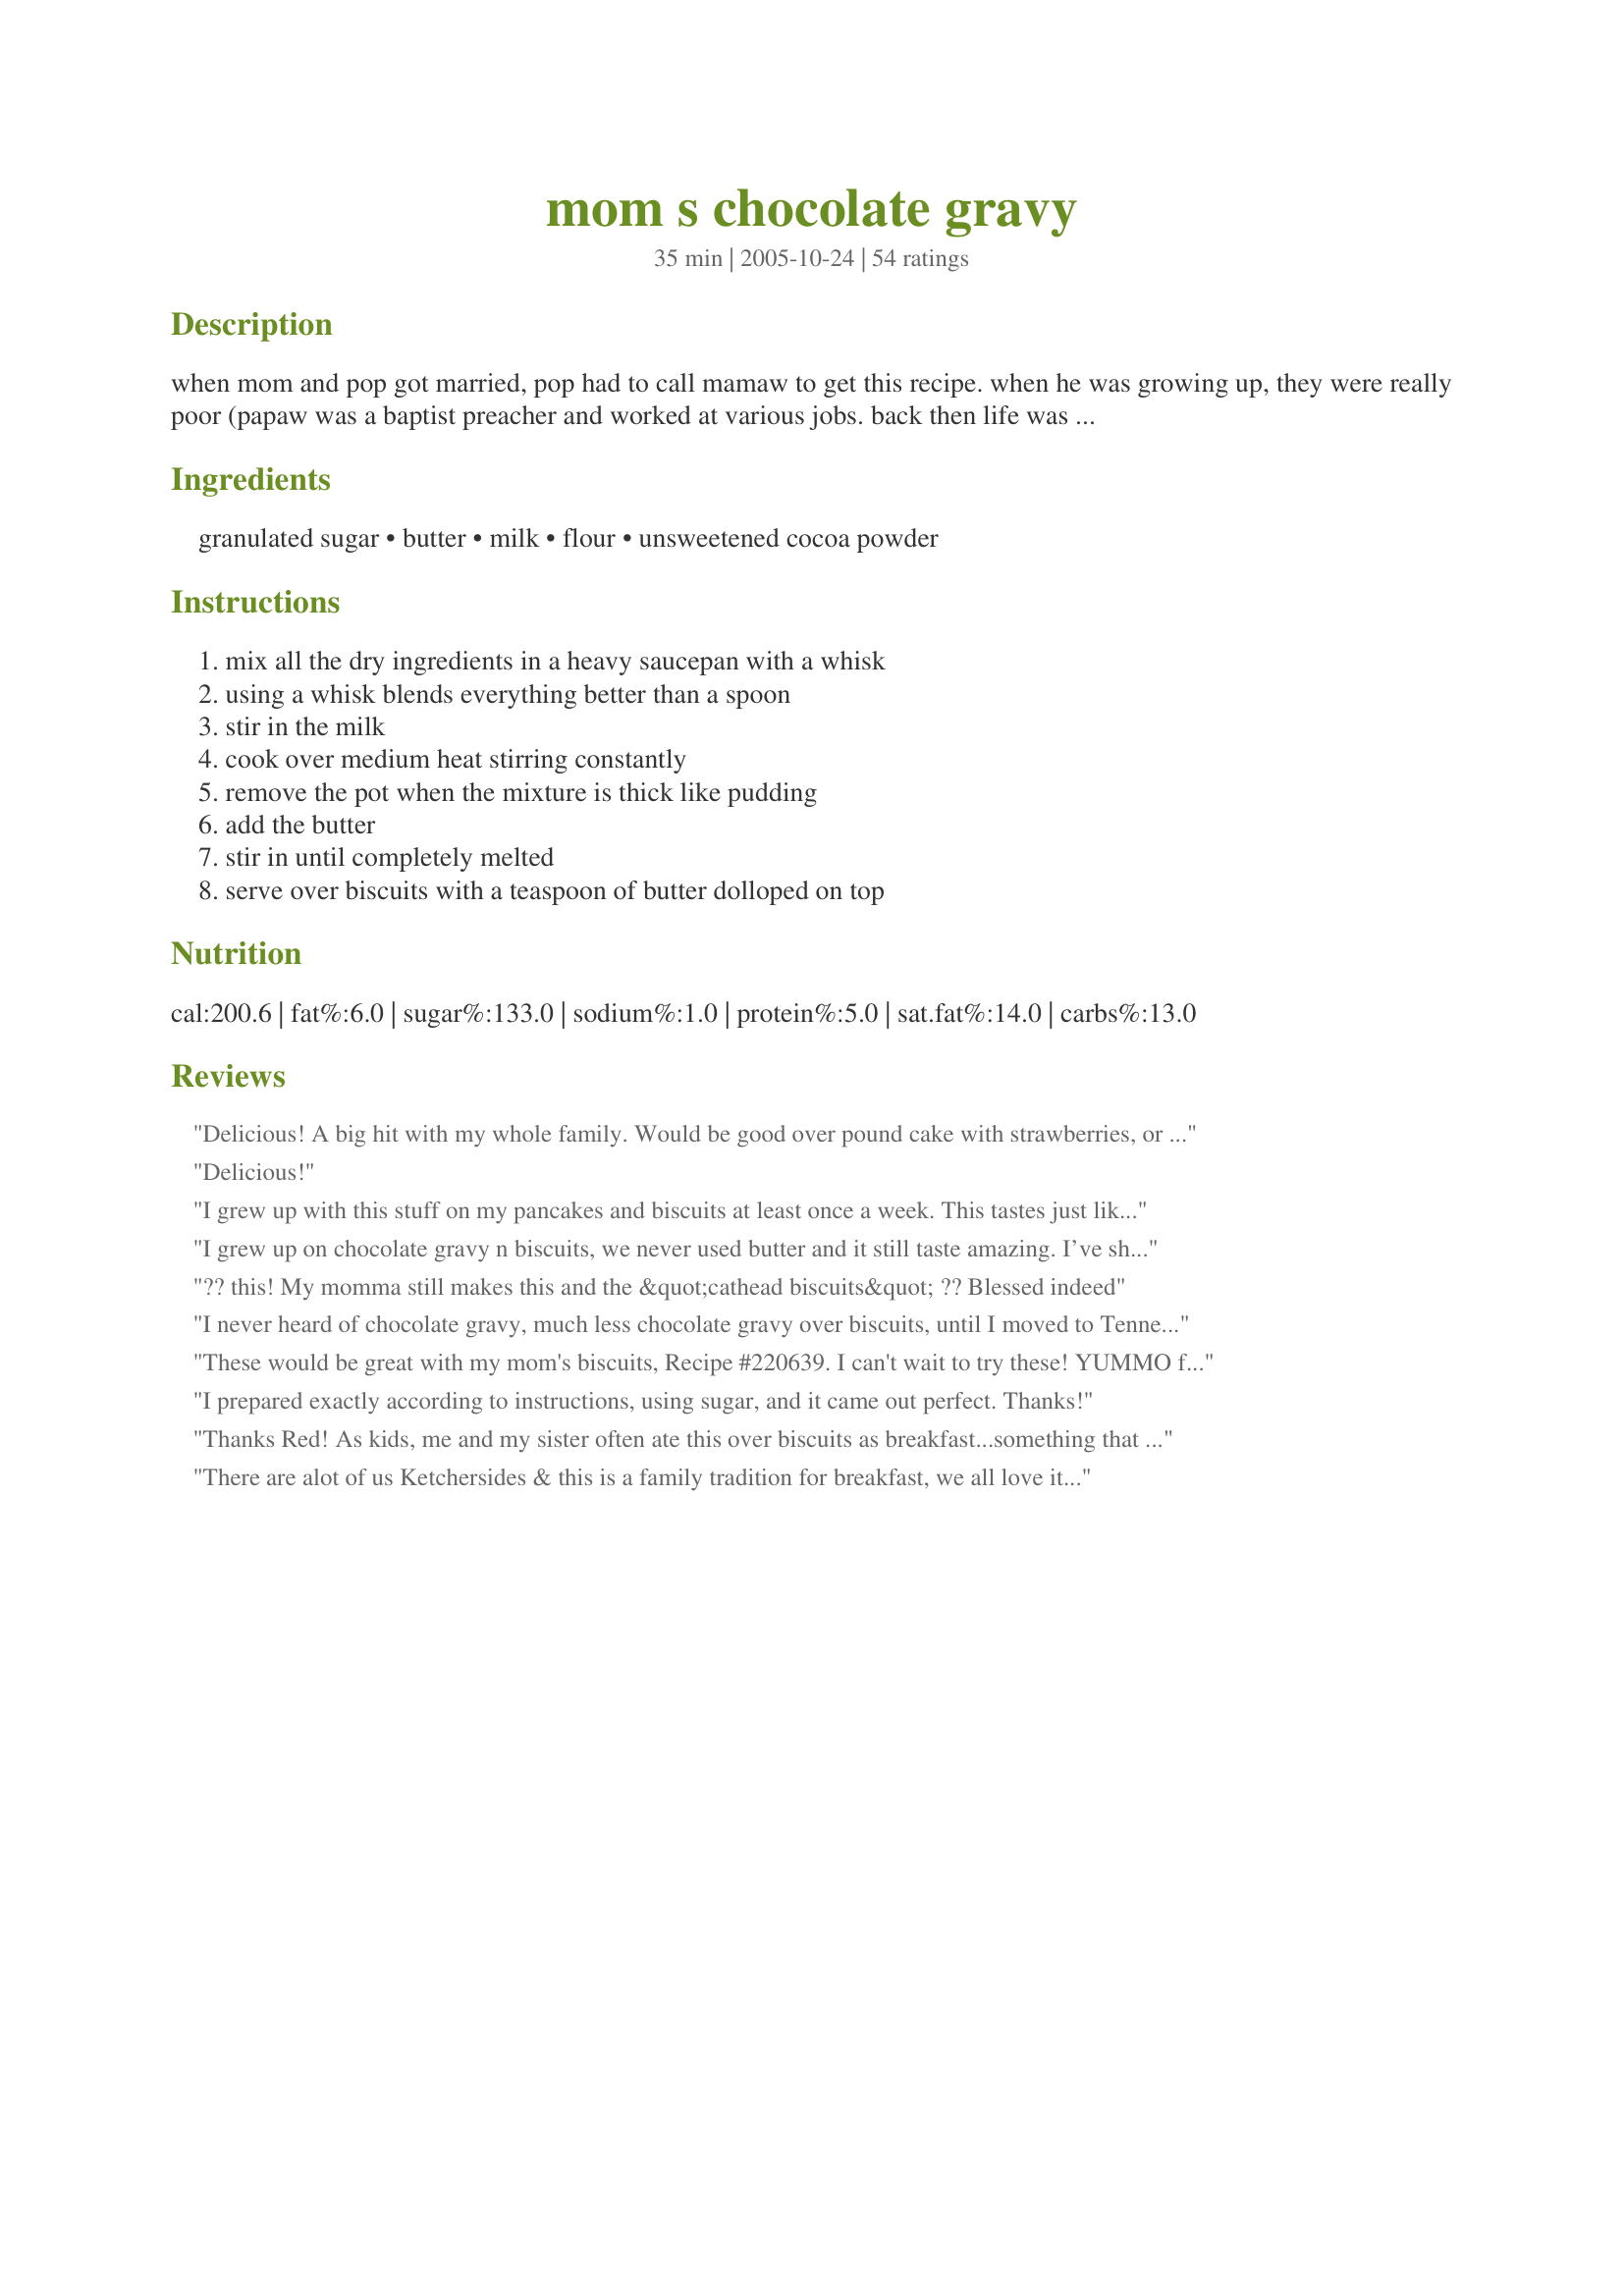
mom s chocolate gravy
Preparation time: 35 minutes

when mom and pop got married, pop had to call mamaw to get this recipe. when he was growing up, they were really poor (papaw was a baptist preacher and worked at various jobs. back then life was hard for a preacher with 4 kids). this was one of their "desserts". mom also made this when we were growing up and to this day, i still love a big hot heapin helpin. one might ask how do you eat "chocolate gravy"? with homemade "cat-head" biscuits (mamaw called them this because she made them "big as a cat's head") or canned country-style (do not try this with one of those flaky-type canned biscuits - it just isn't the same.) and a chunk of butter about the size of the tip of your thumb. let it kinda melt, then eat away. this is just like any other gravy, other than the addition of the butter at the table. i eat this with milk or coffee as the beverage, as nothing else tastes good. this is redneck comfort food at its finest! **times and yield are approximate. please z-mail me with what you come up with.**

Ingredients:
granulated sugar, butter, milk, flour, unsweetened cocoa powder

Steps:
mix all the dry ingredients in a heavy saucepan with a whisk, using a whisk blends everything better than a spoon, stir in the milk, cook over medium heat stirring constantly, remove the pot when the mixture is thick like pudding, add the butter, stir in until completely melted, serve over biscuits with a teaspoon of butter dolloped on top

Reviews:
Delicious! A big hit with my whole family. Would be good over pound cake with strawberries, or ice cream, too!
Delicious!
I grew up with this stuff on my pancakes and biscuits at least once a week. This tastes just like my grandmother's recipe too. I went with Splenda rather than sugar to minimize the "long-term" effects of consuming that much sugar. Thanks again, and you'll be missed, R.E.
I grew up on chocolate gravy n biscuits, we never used butter and it still taste amazing. I’ve showed my boys how to make it. They like frozen biscuits but I prefer homemade.
?? this! My momma still makes this and the &quot;cathead biscuits&quot; ?? Blessed indeed
I never heard of chocolate gravy, much less chocolate gravy over biscuits, until I moved to Tennessee.
We have a friend who loves it, so I decided to make it, and see what all the fuss was about.
First of all, I have to tell you that this gravy looks amazing; it is as smooth as silk ! Next, I have to admit, it IS good over buttered biscuits ! This gravy is not overly rich, or overly sweet; it is just right. If you want to try chocolate gravy, THIS IS THE RECIPE TO TRY.
Thank you for posting this recipe.
These would be great with my mom's biscuits, Recipe #220639. I can't wait to try these! YUMMO for sure!
I prepared exactly according to instructions, using sugar, and it came out perfect. Thanks!
Thanks Red! As kids, me and my sister often ate this over biscuits as breakfast...something that would probably make most moms choke these days. Of course, we ate "regular" breakfasts most days, but "chocolate gravy and bicuit days were special. And, ranking almost as close were the "Grandma's Molasses" stirred up with peanut butter with buscuit days. This recipe was a walk down memory lane. Regards, DEEP
There are alot of us Ketchersides & this is a family tradition for breakfast, we all love it! This is yummy,feeds a lot of people and sticks to your ribs all day long.Keep passing this one down to the next generation, it is a keeper!! Thanks grandma!!!
Being from the north, I had never heard of chocolate gravy. My grandfather was from Tennessee but this apparently didn't make it up to Michigan with him. I made this "authentic" recipe to serve over biscuits and sliced bananas, for something different. It was delicious and simple and will be using recipe again. Thanks for sharing!
Weekends were special because of this soooo loved breakfast favorite!!
I remember my aunt fixing this recipe for my brothers and cousins when we were growing up. I've fixed this for my twins when they were growing up and they loved it.I'm really surprised that more people have not heard of this recipe.
I made this with pancakes and bacon. I grew up with eating chocolate syrup like this. I could never get the consistency just right. This one was perfect! I just added a little vanilla to make it rich. Very easy and very good.
Always delicioso!!!
I haven't thought of or had this in thirty years. WHen I saw it it reminded me of my childhood. After three days of craving and thinking about nothing else... I made it in a moment of weakness. Just like I remember Granny's from when I was a kid. It won't be another thirty years before I make again. Thanks for the memory.
This &quot;gravy&quot; shoyld be thin. Not thick and the biscuits MUST be homemade and LOTS OF BUTTER!
My great-grandma used to make this when all us "grown-ups" were kids!! She just guessed at the correct measuring but now I don't have to guestomate!! By the way... no matter where I move to, nobody has ever heard of chocolate gravy. I guess it's a southern thang!! If you haven't tried this, you haven't experienced a SWEET BREAKFAST TREAT. SO, TRY IT!
My family loves chocolate gravy. I never measure when i make it. The one difference is i substitute water for the milk. It makes it slightly less rich but still tastes divine.
Wonderful! Thank you for sharing your recipe for this Southern treat with us! I will be making this again and again!
This recipe is an essential piece of our Saturday morning puzzle.
You are such a blessing.
My mom served this on pancakes. She also made it in a vanilla version. MMMMM good!
I can't wait to make this recipe. Being from the south, when we came to the table, we all were very happy when Mom made this for for breakfast with hot biscuits, which I think she made when we didn't have much else to eat. But as kids we didn't know or care, we just loved it, we thought it was the best breakfast ever. I haven't thought about chocolate gravy for years until seeing this recipe. My two girls used to have it at Grandmas house and thought it was great to have something like this for breakfast. Funny how we forget some of our most loved things until we are reminded by someone. Thanks again I will be making this soon. I know this is a five star recipe!
Wow!! This took me back when I was a little girl...my mom made it as well!! I tried it once on my girls...they didnt enjoy it as much as I did watchin them taste it!! Thanks so much for bringing those memories back!! AWESOME!!
i have had this same recipe for years. my ex-husband's family used to use this on pancakes
Very good!

Just like my mom used to make!!

I used fat free milk... not that it made a difference :)

Will make again!
Chocolate gravy might sound a little strange, but it sure is good! My son and I have it often enough to make the food police swoon! Thanks for posting.
This was excellent. I made Bisquick drop biscuits and put a little dent in the top of them after they came out of the oven and put a little piece of butter in the dent and then put the gravy on top. The kids asked if I could make this for breakfast when their friends spend the night. A lot of sirring, but a definite keeper. Thanks!!
My mom's family use to make this for me all the time (breakfast/"feel-good" sauce, etc.) but for the life of me, I couldn't remember how to make it. Thank you so much for posting this. It is wonderful when something you remember as being delicious and comforting IS actually delicious and comforting! The only thing I did different was use 1/2 cup Splenda Sugar Blend rather than 1 cup sugar and only 3/4 skim cup milk. Of course, the cocoa powder had to be Hershey's ;-)
GREAT, WONDERFUL, YUMMY! I made this yesterday morning for my 3 year old...we both loved it. Tasted just like the chocolate gravy my mom used to make me every Saturday morning. Thanks SO MUCH for posting this.
OMG!!!!! can u say wonderful...=) this has been the best that i have ever had....thanks so much....=)
I woke up this morning and my hubby wanted Chocolate gravy. I do now care for it myself, but I made this recipe for him. He was reading the recipe and said..."My grand-dad was a baptist minister." He LOVED this....so it goes in the "favorites". Thanks!!
Very good, very simple recipe. Made it without a hitch and my boyfriend and I both loved it...thanks so much! I've been looking for a good recipe for a while!
i remember as a kid my sisnter in laws mom made it all the time loved it
This is incredible! Instead of biscuits we serve it over waffles for breakfast because there is nothing better than starting your day with chocolate.
I just made this and my boys loved it my 13 month old even picked up his plate and licked it clean. I will use this recipe over and over again.
Really good! Wonderful with piece of brownie! Very quick to make! Thank you for this recipe!
Mom always made chocolate gravy for breakfast as a treat for us once in a while. We loved it and still do. She used water instead of milk and no thickening she just simmered it down to a syrup and we had it with hot biscuits and butter. Sometimes should would make vanilla gravy and just leave out the chocolate, we liked that too!
YUM!! This was very good. You're right....you need milk to drink with it. My daughter loved it! Thank you!!
This is a family standard for us, too. It originated in our family during the depression when syrup was scarce. It's in it's 4th generation in our house - with my making it for my children.

We mix the dry ingredients, and heat those in a good skillet until hot (not melting), then add in the milk a little at a time until all smooth. Let it boil slowly for a few minutes until thick.

Hope it warms your heart like it warms ours.
This was such a good gravy and great to eat by itself! I made buttermilk biscuits and used Hershey's dark chocolate cocoa powder, added 1/4 cup more sugar and the gravy turned a beautiful black color. When I ate this, I felt like I was back home in the South again. Great comfort food- to be made again and again. Thank you again Redneck Epicurean for posting this lovely recipe.
It was good, but way too sweet! should maybe use a lil less sugar next time and a lil more butter. Pretty close to the way momma use to make it.
Made this for my family this morning. They ABSOLUTELY LOVED it!! It is a fantastic recipe!! Brought back memories of Saturday mornings at my Moms house!! LOVE!! LOVE!! LOVE!!
Sounds weird, I know, but it really is tasty. Very similar to what my mamaw made when I was growing up, of course she just made it without measuring anything, so thanks for the measurements. We always had this for breakfast. Yummy.
From the Northeast. Learned of Chocolate Gravy when I served in the Army. Buddies mom would bring four of us to Tennessee from South Carolina. She would serve us this for breakfast. Brings back alot of fond memories.
i have been trying to make chocolate gravy for sev yrs and never got it right, always lumpy or just didn't taste like moms..
well, i used this recipe today and it turned out perfect!!..it took me and my hubby back to our childhood. soooooo good and not a single lump! :)
thank you!
Wow!
I just thought I would go ahead and say how EASY and AWESOME this recipe is! You see, I'm 16 and my brother is 18 and naturally during the summer, our parents are at work. We're left to fend for ourselves when it comes to eating, so it's usually ramen noodles or easy mac or something. But whenever we're in the mood, my brother and I cook some eggs or something. Today I was feeling the chocolate gravy so I looked up a quick recipe online and I was shocked at how easy and delicious it was! Thanks a bunch, I just had the best meal of my summer days without having good ol' mom to cook :]
This recipe has been used countless times at our house. We found someone at our local Farmer's Market selling the dry mix: after I looked at the ingredients, I thought there had to be a way to make this myself. This recipe saved the day! It is wonderfully delicious, very easy to make, and my whole family loves it. (Except for my son, but he hates chocolate. But he's weird.)
This is very good.
Thanks so much for putting this recipe on Food.com. I got up this morning thinking of my grandmother's recipe for Chocolate Gravy. When I was a kid spending the night with her, she always asked my Sister and I every morning what we wanted for breakfast. "Chocolate Gravy!" was always the answer. Unfortunately I didn't get her recipe or my Mom's before they both passed away. But this tastes just like it! You have brought back many happy memories.
This gravy is so great. I married into a country family and was introduced to chocolate gravy about twenty years ago. Unfortunately the recipe died with my mother-in-law, but this is it and my husband is a happy camper now!!!
I was delighted to show this recipe to my mom who grew up in the South in the 30's and 40's. I knew her mom made chocolate gravy from the stories she told us about her growing up years. She smiled and said it sounded just like her mom's...except her mom added a little vanilla. Great memories for her.
Thank you for posting this recipe! This is such a good one and so easy unlike a lot of the others ones.
I have never had chocolate gravy before. Whenever I saw the recipes I actually thought it sounded kind of gross putting a chocolate sauce over biscuits. I got curious and made a small batch today for some leftover biscuits I had. OMG! I am so addicted! I even made another small batch again. Love this! Thanks :)
